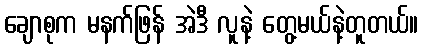
ချောစုက မနက်ဖြန် အဲဒီ လူနဲ့ တွေ့မယ်နဲ့တူတယ်။